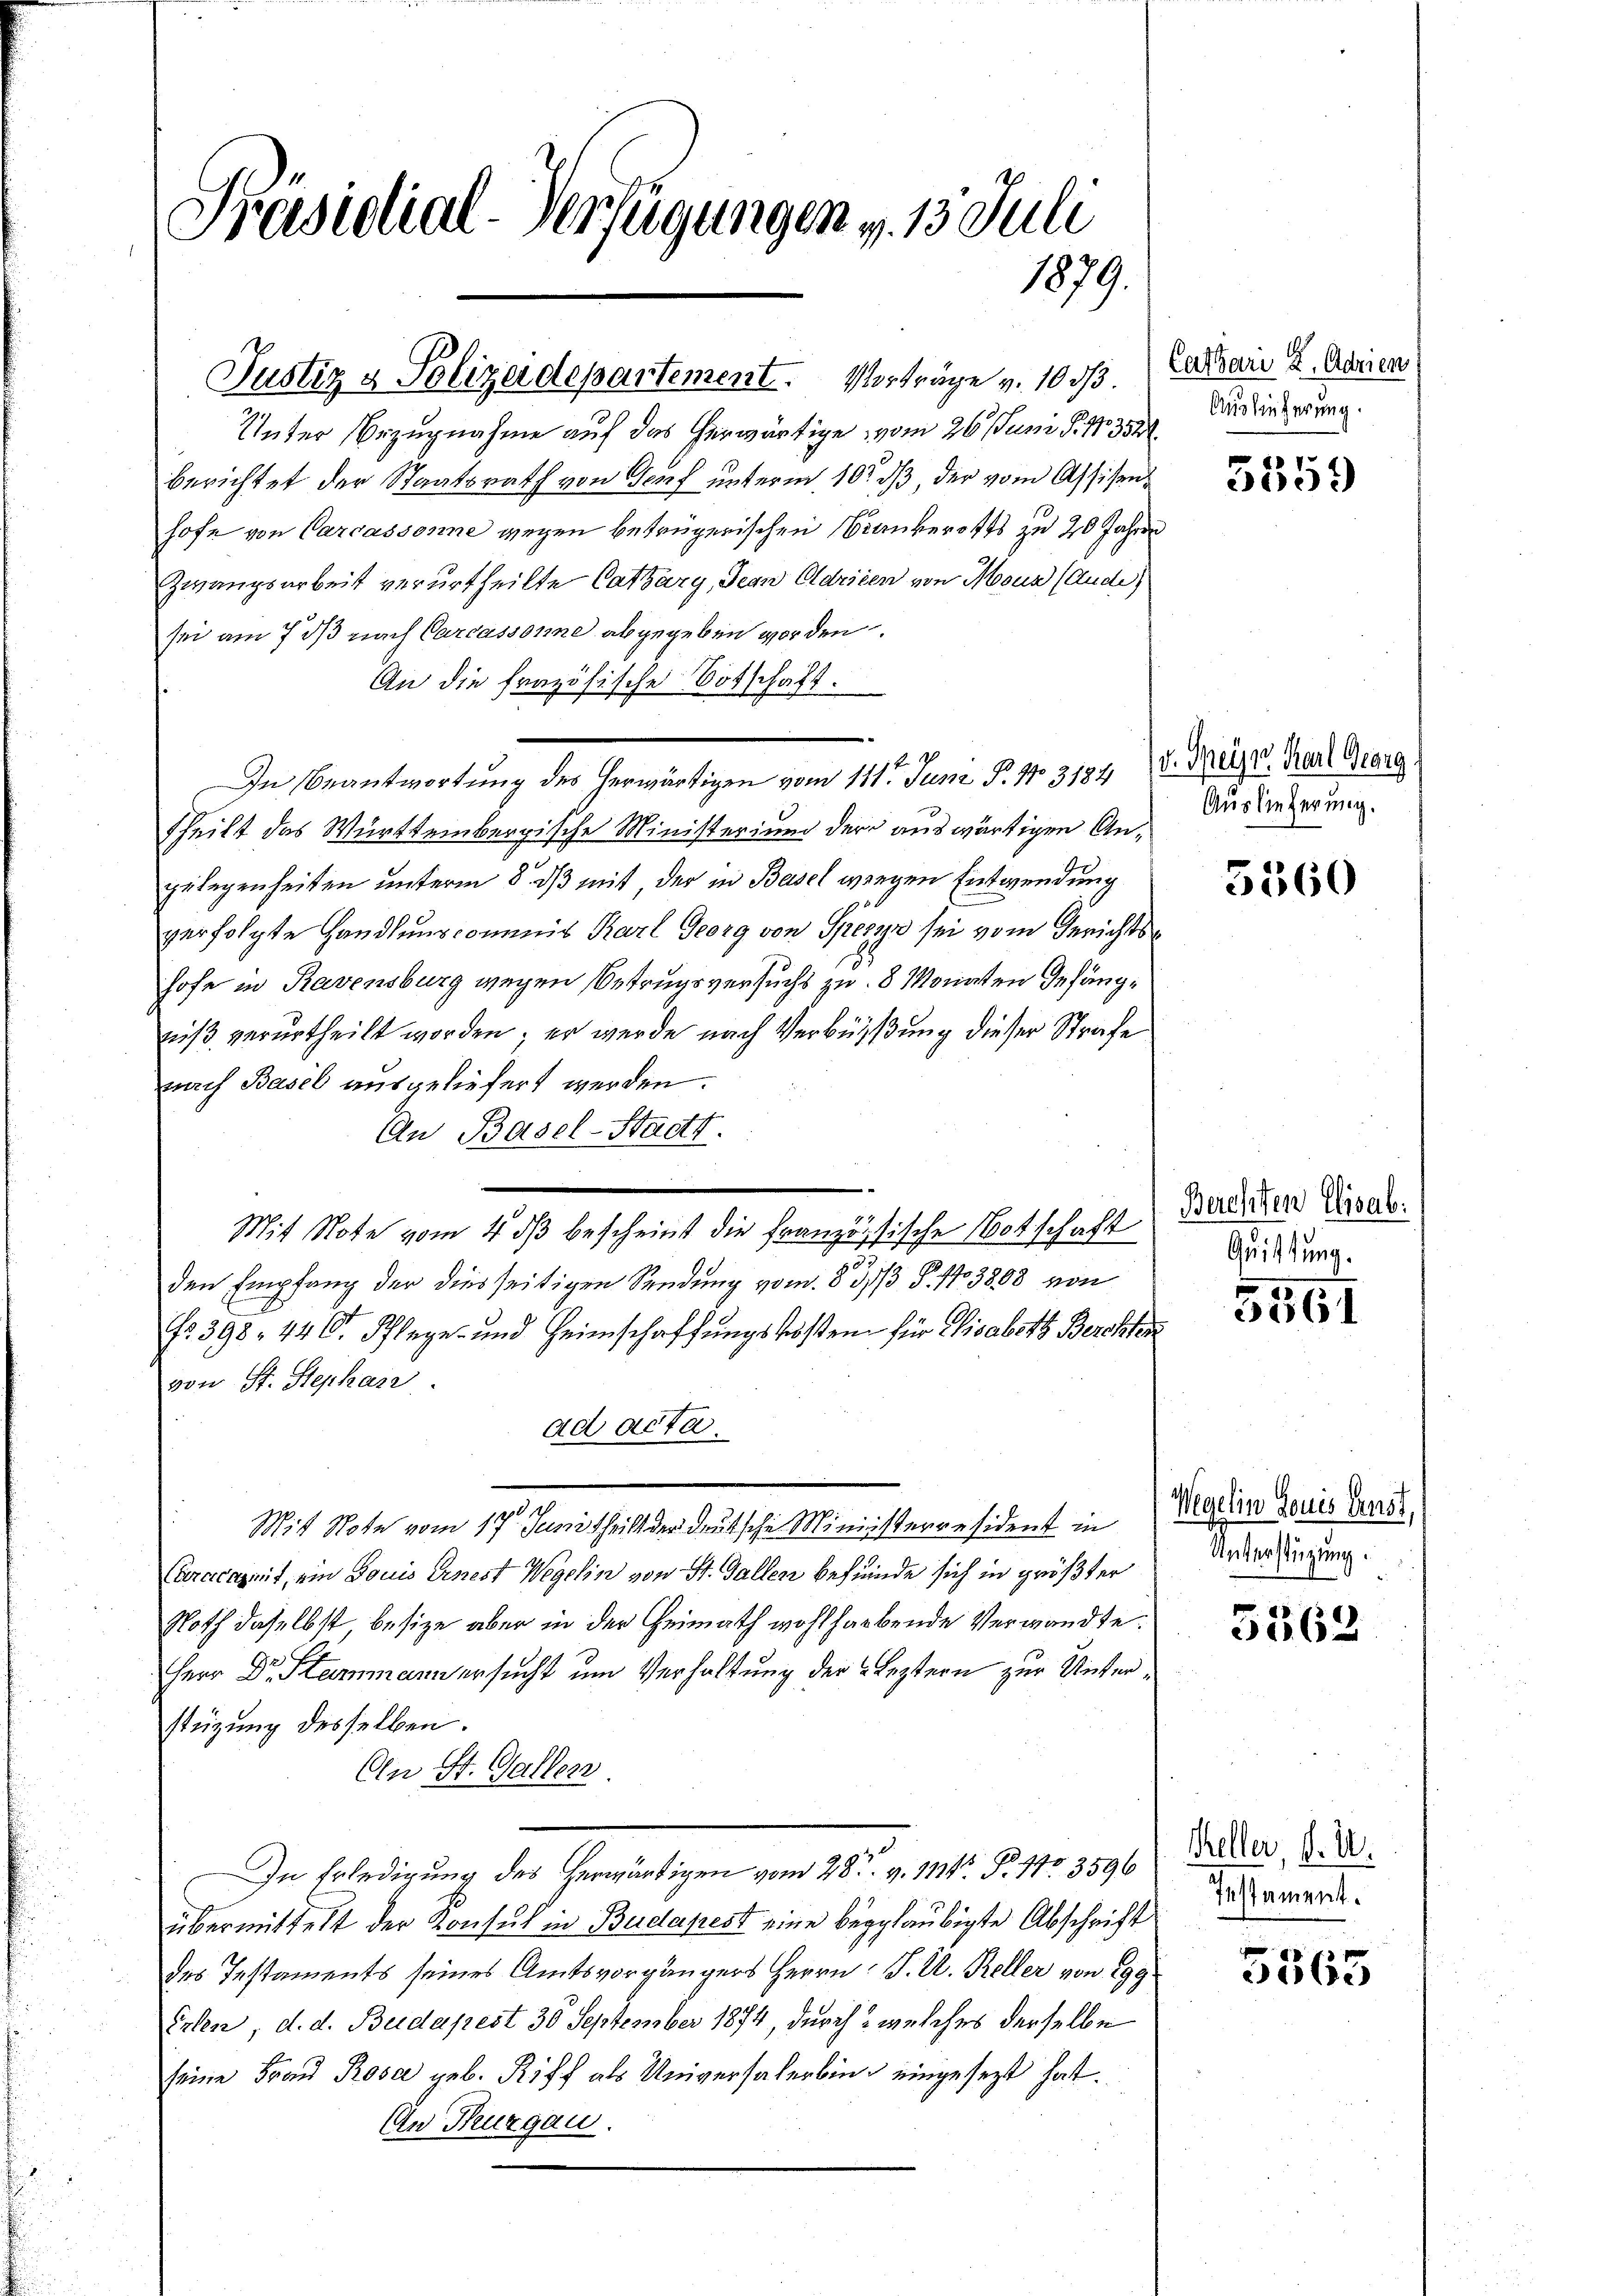
Präsidial-Verfügungen v. 13. Juli
1879.

Justiz & Polizeidepartement. Vorträge v. 10 d.

Unter Bezugnahme auf das herwärtige vom 26. Juni S. Nr. 351
berichtet der Staatsrath von Genf unterm 10t dß, der vom Assisenhofe von Carcassonne wegen betrügerischen Biankerotts zu 20 Jahre
Zwangsarbeit verurtheilte Cathary, Jean Oldrieen von Moun (Ande
sei am 7. ds nach Carcassonne abgegeben worden.
An die frazösische Botschaft.
In Beantwortung des herwärtigen vom 111. Juni P. 13184
Theilt das Württembergische Ministerium der auswärtigen Angelegenheiten unterm 8. ds mit der in Basel wegen Entwendung
verfolgte Handlungscommis Karl Georg von Spezyn sei vom Gerichtshofe in Ravensburg wegen Betrugsversuchs zu 8 Monaten Gefängniß verurtheilt worden; er werde nach Verbüßung dieser Strafe
nach Basel ausgeliefert werden.
An Basel-Stadts.
Mit Note vom 4. dβ bescheint die Französische Notschaft
den Empfang der diesseitigen Sendung vom 83/3 P. 13808 von
Nr. 398. 446. Pflege und Heimschaffŭngskosten für Visabeth Bershofes
von St. Stephase
ad acta.
Mit Note vom 17. Juni theilt der deutsche Ministerresident in
Carerenzeit, ein Louis Ernest Wegelin von St. Gallen befeinde sich in größter
Noth daselbst besize aber in der Heimath wohlharbende Verwandte.
Herr Dr. Stammann ersucht um Verhaltung der Leztern zur Unterstüzung desselben.
An St. Gallen
In Erledigung des herwärtigen vom 28t v. 111. P. Nr. 3596
übermittelt der Konsul in Budapest eine beglaubigte Abschrift
des Testaments seines Amtsvorgängers Herrn J. U. Keller von 299
Erlen, d. d. Budapest 30 September 1874, durch 2 welches derselbe
seine Frau Rosa geb. Riff als Universalerbing eingesezt hat.
An Thurgau.

k. 9

Cassari u. Adrien
Auslieferung.

5359

v. Sein Karl Georg
Auslieferung.

5360

Berchten Elisab.
Quittung.

861

Wegelin Louis Ernst,
Unterstüzung.

5562

Kheller, d. U.
Iestament.

5565